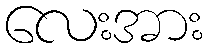
လေးအား